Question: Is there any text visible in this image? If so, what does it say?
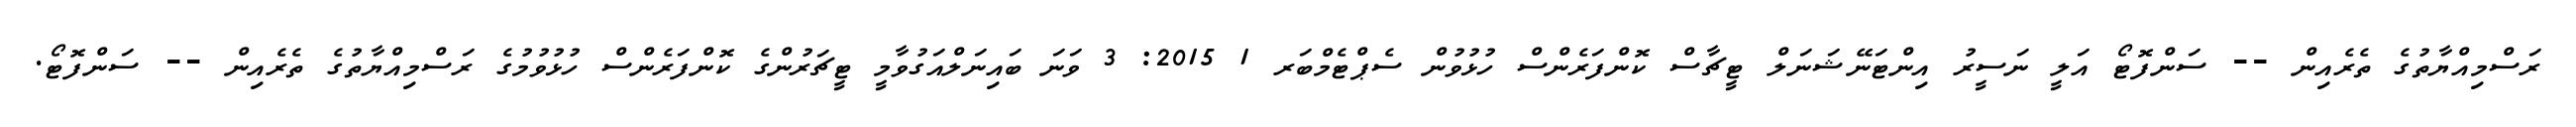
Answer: ރަސްމިއްޔާތުގެ ތެރެއިން -- ސަންފޮޓޯ އަލީ ނަސީރު އިންޓަނޭޝަނަލް ޓީޗާސް ކޮންފަރެންސް ހުޅުވުން ސެޕްޓެމްބަރ 1 2015: 3 ވަނަ ބައިނަލްއަގުވާމީ ޓީޗަރުންގެ ކޮންފަރެންސް ހުޅުވުމުގެ ރަސްމިއްޔާތުގެ ތެރެއިން -- ސަންފޮޓޯ.